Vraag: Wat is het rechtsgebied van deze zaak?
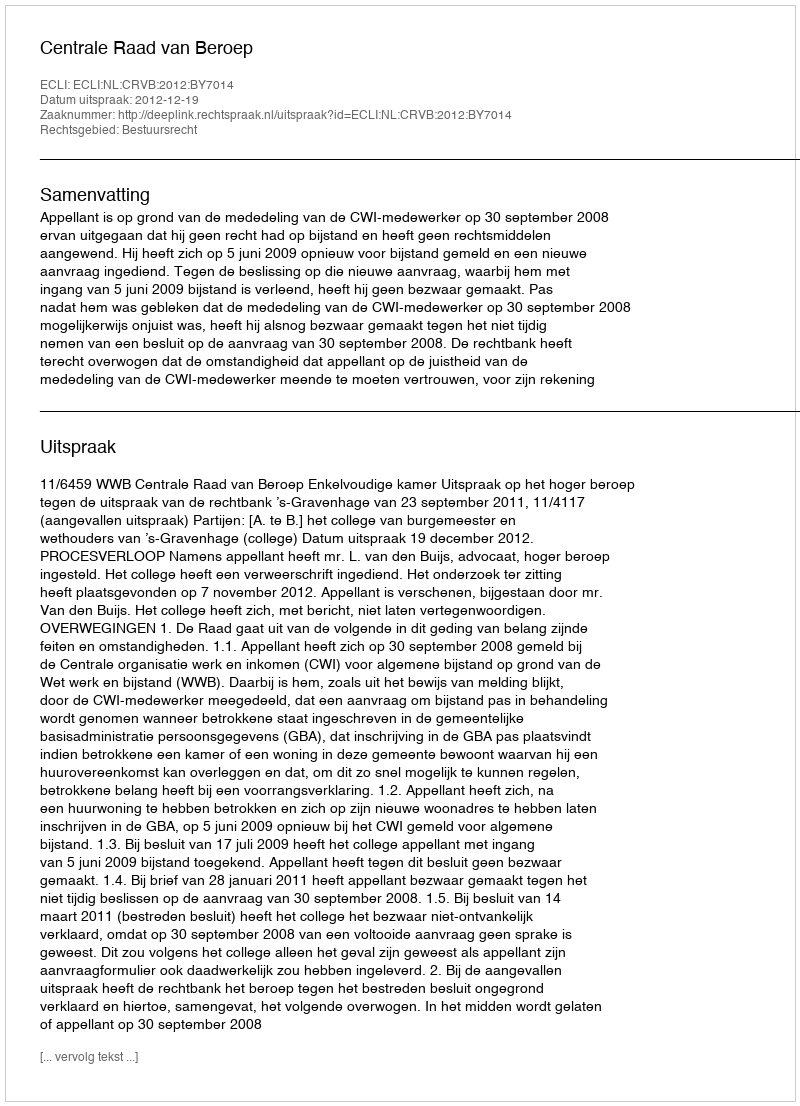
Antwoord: Bestuursrecht